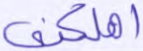
أهلكني